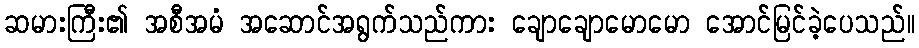
ဆမားကြီး၏ အစီအမံ အဆောင်အရွက်သည်ကား ချောချောမောမော အောင်မြင်ခဲ့ပေသည်။